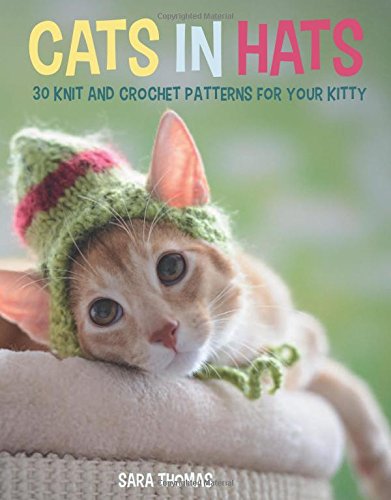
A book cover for Cats in Hats: 30 Knit and Crochet Hat Patterns for Your Kitty; Sara Thomas; Crafts, Hobbies & Home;